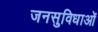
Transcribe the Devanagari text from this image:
जनसुविधाओं